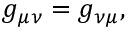
g _ { \mu \nu } = g _ { \nu \mu } ,